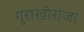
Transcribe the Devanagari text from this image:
गुराखीराजा